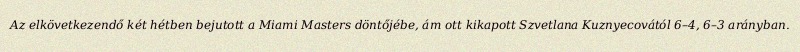
Az elkövetkezendő két hétben bejutott a Miami Masters döntőjébe, ám ott kikapott Szvetlana Kuznyecovától 6–4, 6–3 arányban.